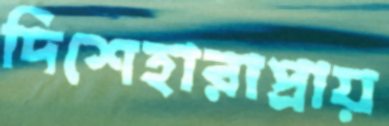
দিশেহারাপ্রায়